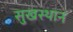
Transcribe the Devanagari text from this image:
सुखस्थान